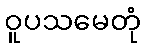
ဝူပသမေတုံ